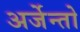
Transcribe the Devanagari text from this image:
अर्जेन्तो